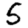
Digit: 5